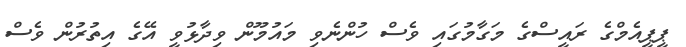
ޕީޕީއެމްގެ ރައީސްގެ މަގާމުގައި ވެސް ހުންނެވި މައުމޫން ވިދާޅުވީ އޭގެ އިތުރުން ވެސް